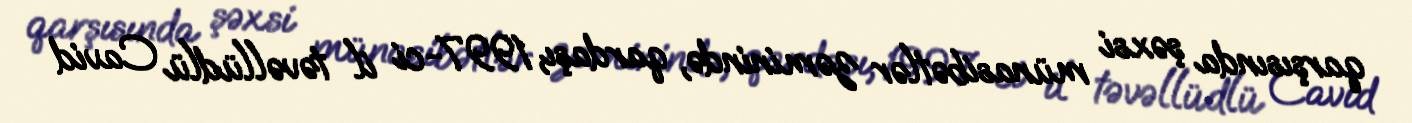
qarşısında şəxsi münasibətlər zəminində, qardaşı, 1997-ci il təvəllüdlü Cavid